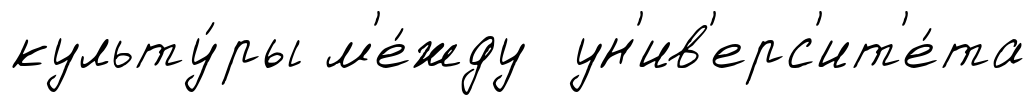
культу́ры м'е́жду ун'ив'ерс'ит'е́та